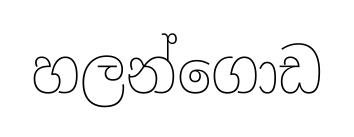
හලන්ගොඩ